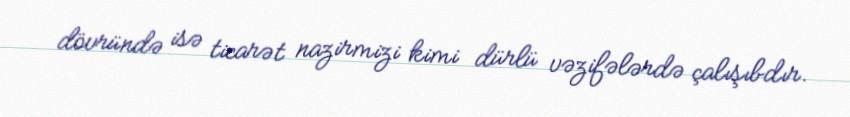
dövründə isə ticarət nazirmizi kimi dürlü vəzifələrdə çalışıbdır.